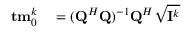
\begin{array} { r l } { { \bf { t m } } _ { 0 } ^ { k } } & { { } = ( { \bf { Q } } ^ { H } { \bf { Q } } ) ^ { - 1 } { \bf { Q } } ^ { H } \sqrt { { \bf { I } } ^ { k } } } \end{array}